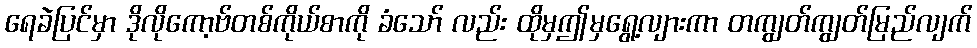
ရေခဲပြင်မှာ ဒိုလိုကော့ဗ်တစ်ကိုယ်စာကို ခံသော် လည်း ထိုမှဤမှရွေ့လျားကာ တကျွတ်ကျွတ်မြည်လျက်